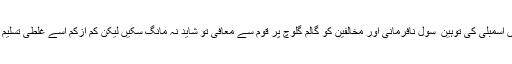
دھرنوںٗ اسمبلی کی توہین ٗ سول نافرمانی اور مخالفین کو گالم گلوچ پر قوم سے معافی تو شاید نہ مانگ سکیں لیکن کم ازکم اسے غلطی تسلیم کرلیں۔